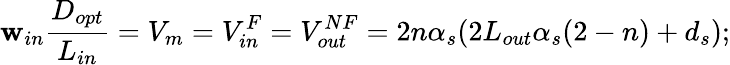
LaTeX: \mathbf{w}_{in}\frac{{D_{opt}}}{{L_{in}}}=V_{m}=V_{in}^{F}=V_{out}^{NF}=2n\alpha_{s}(2L_{out}\alpha_{s}(2-n)+d_{s});